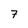
Character: 7